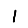
Digit: 1